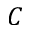
C